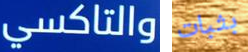
والتاكسي بثبات